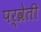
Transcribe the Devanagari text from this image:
पर्व्रेती